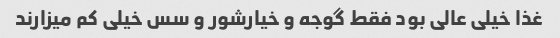
غذا خیلی عالی بود فقط گوجه و خیارشور و سس خیلی کم میزارند